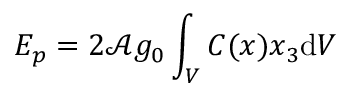
E _ { p } = 2 \mathcal { A } g _ { 0 } \int _ { V } C ( \boldsymbol { x } ) x _ { 3 } \mathrm { d } V